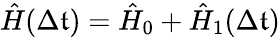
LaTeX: \hat{H}(\Delta\mathfrak{t})=\hat{H}_{0}+\hat{H}_{1}(\Delta\mathfrak{t})